38_143685_box_Incident_Summaries_101-172
Agency: Department of War
Page 166
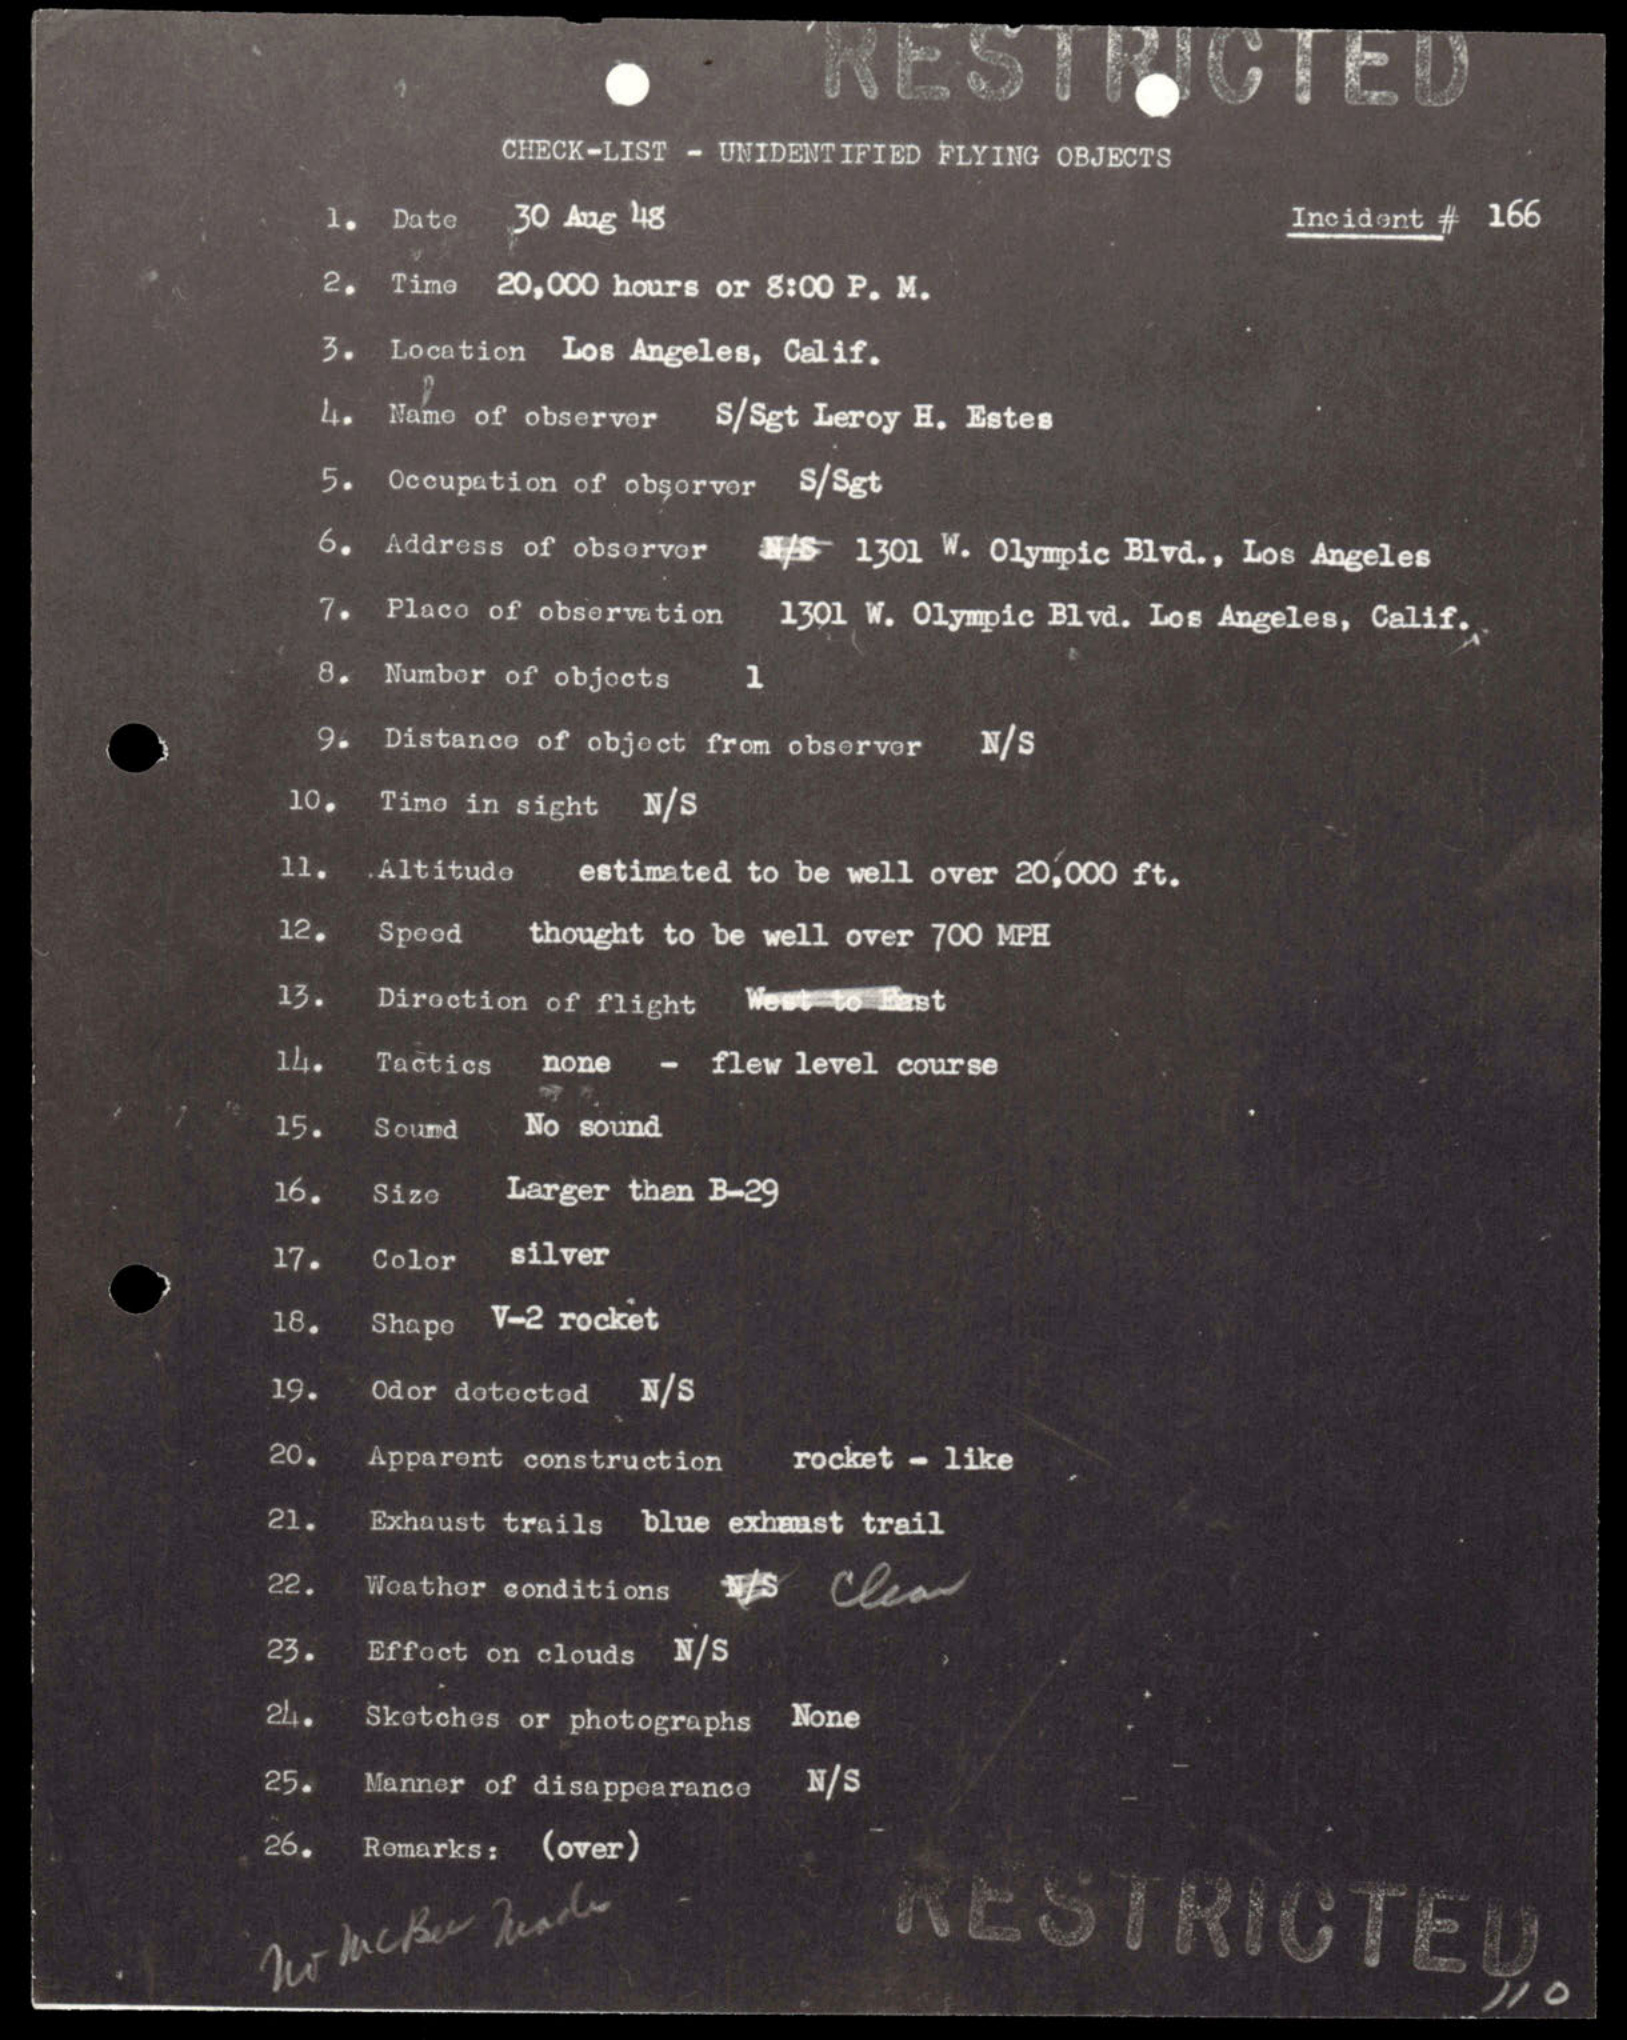